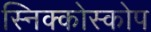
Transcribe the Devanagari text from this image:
स्निक्कोस्कोप